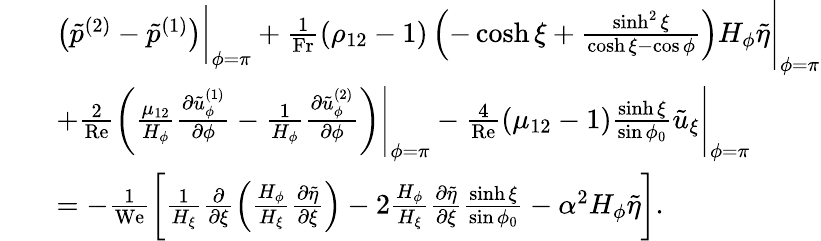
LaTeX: \begin{array}{rl}&{\begin{array}{rl}&{\left(\tilde{p}^{(2)}-\tilde{p}^{(1)}\right)\biggr|_{\phi=\pi}+\frac{1}{\mathrm{Fr}}\left(\rho_{12}-1\right)\left(-\cosh\xi+\frac{\sinh^{2}\xi}{\cosh\xi-\cos\phi}\right)H_{\phi}\tilde{\eta}\Biggr|_{\phi=\pi}}\\ &{+\frac{2}{\mathrm{Re}}\biggl(\frac{\mu_{12}}{H_{\phi}}\frac{\partial\tilde{u}_{\phi}^{(1)}}{\partial\phi}-\frac{1}{H_{\phi}}\frac{\partial\tilde{u}_{\phi}^{(2)}}{\partial\phi}\biggr)\Biggr|_{\phi=\pi}-\frac{4}{\mathrm{Re}}\left(\mu_{12}-1\right)\frac{\sinh\xi}{\sin\phi_{0}}\tilde{u}_{\xi}\Biggr|_{\phi=\pi}}\\ &{=-\frac{1}{\mathrm{We}}\biggl[\frac{1}{H_{\xi}}\frac{\partial}{\partial\xi}\left(\frac{H_{\phi}}{H_{\xi}}\frac{\partial\tilde{\eta}}{\partial\xi}\right)-2\frac{H_{\phi}}{H_{\xi}}\frac{\partial\tilde{\eta}}{\partial\xi}\frac{\sinh\xi}{\sin\phi_{0}}-\alpha^{2}H_{\phi}\tilde{\eta}\biggr].}\end{array}}\end{array}